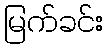
မြက်ခင်း